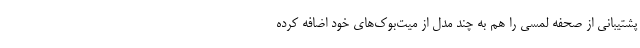
پشتیبانی از صحفه لمسی را هم به چند مدل از میت‌بوک‌های خود اضافه کرده